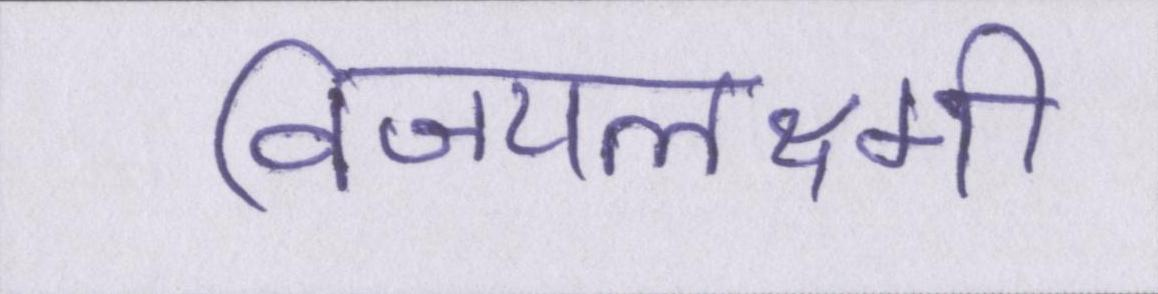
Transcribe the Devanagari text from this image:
विजयलक्ष्मी